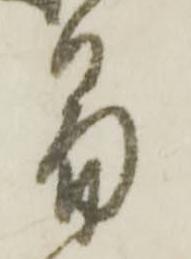
易